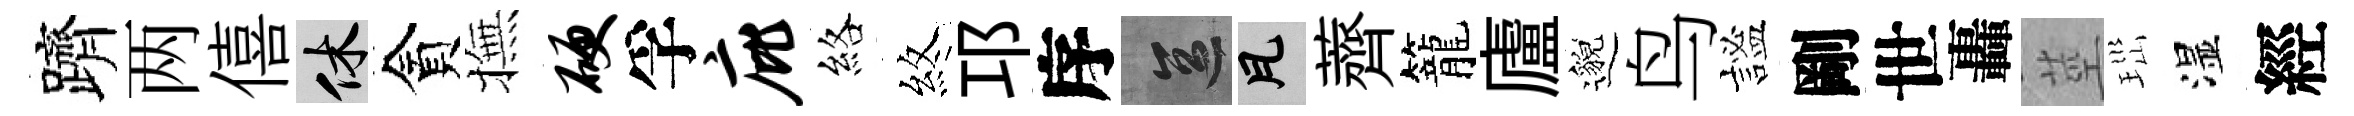
躋两僖休貪撫硬孚庇絡煞邛序區瓦薺籠廬邈鸟謐剛世轟莖𤤼湿經